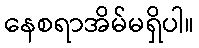
နေစရာအိမ်မရှိပါ။